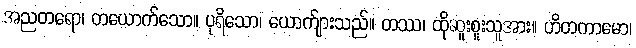
အညတရော၊ တယောက်သော။ ပုရိသော၊ ယောက်ျားသည်။ တဿ၊ ထိုဆူးစူးသူအား။ ဟိတကာမော၊